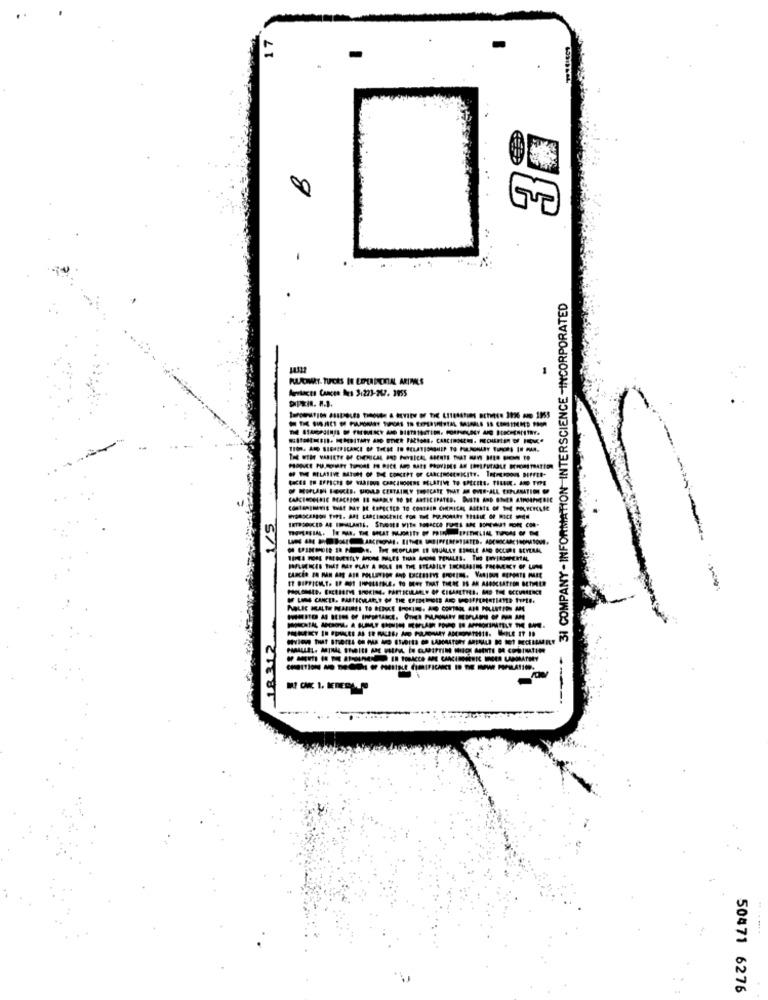
-
31 COMPANY-INFORMATION INTERSCIENCE -INCORPORATED
PULCIMAT. TUCES IN LEPERDONTAL ARINALS
Martaces Cances Des 3:223-267. 2955
MOLAN FORED. SIOLD CERTAINLY TROSCATE THAT ME OVER-ALL EXPLANATION OF
18212
50471 6276